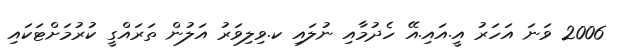
2006 ވަނަ އަހަރު އީ.އައި.އޭ ހެދުމާއި ނުލައި ކ.ވިލިވަރު އަލުން ތަރައްގީ ކުރުމަށްޓަކައި